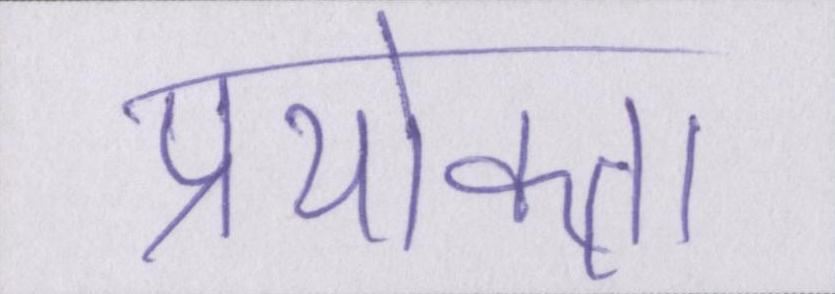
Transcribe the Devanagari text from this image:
प्रयोक्ता